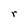
Character: r